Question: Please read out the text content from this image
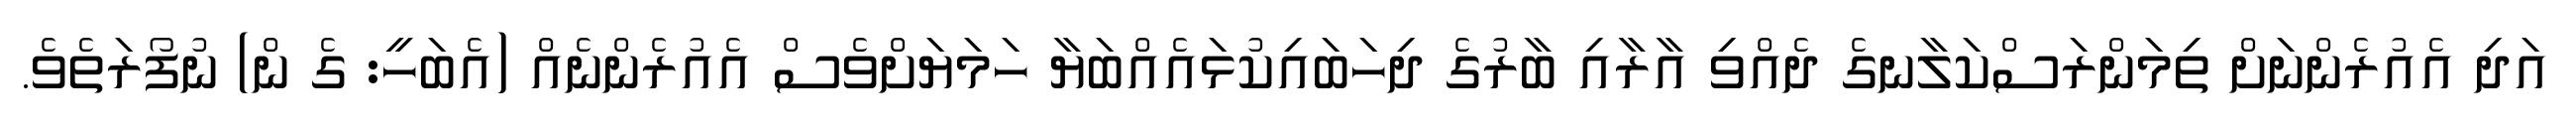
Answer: އަދި އެއުރެންނަށް ތިމަންރަސްކަލާނގެ ދެއްވި އާރާއި ބާރުގެ ދިހަބައިކުޅައެއްބަޔާ ހަމަޔަށްވެސް އެއުރެންނެއް (އެބަހީ: ގެ ން) ނުފޯރަތެވެ.